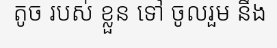
តូច របស់ ខ្លួន ទៅ ចូលរួម នឹង